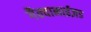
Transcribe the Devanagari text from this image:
गैल्वानाईज़ड